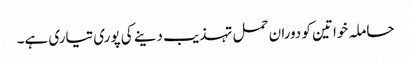
حاملہ خواتین کو دوران حمل تہذیب دینے کی پوری تیاری ہے۔